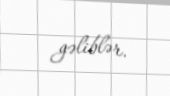
gəliblər.